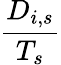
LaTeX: \frac{D_{i,s}}{T_{s}}